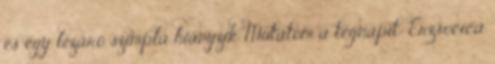
és egy lezáró szimpla hiányzik Mutatom a tegnapit: Erzsocica